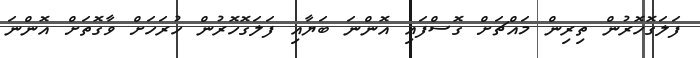
ފަލަގޮހޮރުން ތިރިން މައްޗަށް ގޮސްފައި އޮންނަ ބަޔާއި ފަލަގޮހޮރުން ހުރަހަށް ވާގޮތަށް އޮންނަ